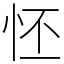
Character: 怌